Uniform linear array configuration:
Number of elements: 4
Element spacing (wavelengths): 0.25
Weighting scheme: kaiser
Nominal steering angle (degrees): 30
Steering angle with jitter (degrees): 28.467
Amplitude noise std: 0.05
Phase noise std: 0.05

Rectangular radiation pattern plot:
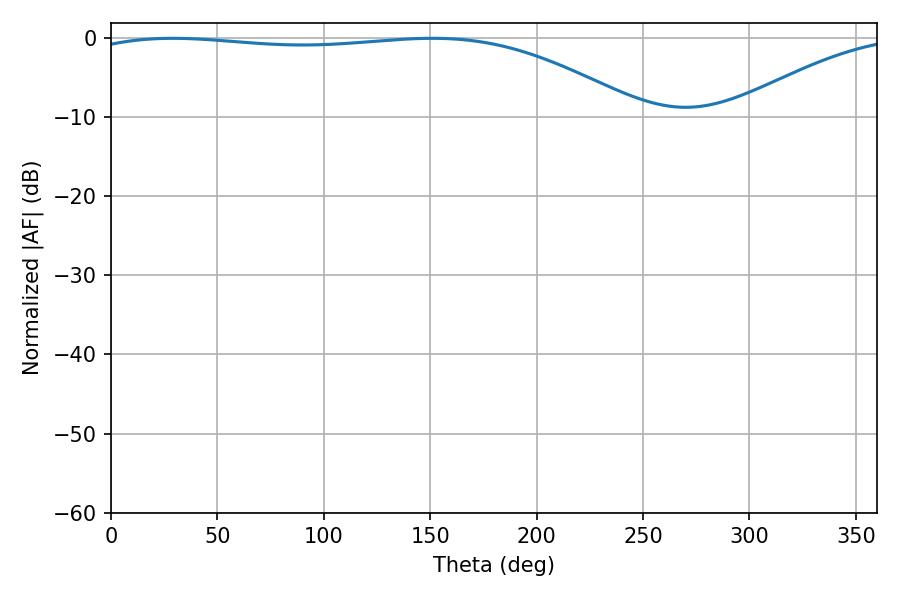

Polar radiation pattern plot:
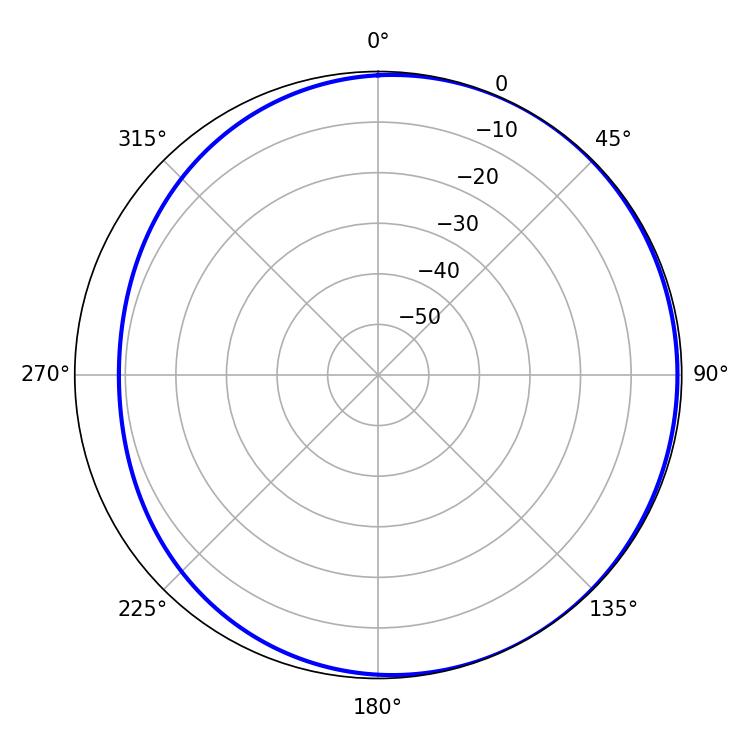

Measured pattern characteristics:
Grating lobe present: FALSE
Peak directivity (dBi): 1.992
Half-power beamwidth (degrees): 207.54
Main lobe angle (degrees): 28.98